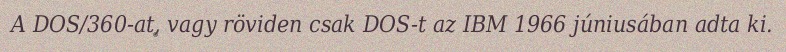
A DOS/360-at, vagy röviden csak DOS-t az IBM 1966 júniusában adta ki.